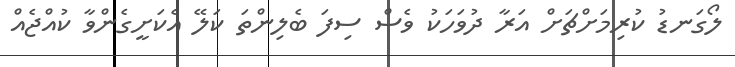
ލޯގަނޑު ކުރިމަށްޗަށް އަރާ ދުވަހަކު ވެސް ސިފަ ބެލިންތަ ކަލޭ އެކަށީގެންވާ ކުއްޖެއްް